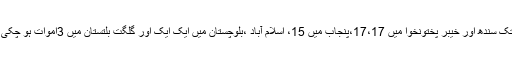
اب تک سندھ اور خیبر پختونخوا میں 17،17،پنجاب میں 15، اسلام آباد ،بلوچستان میں ایک ایک اور گلگت بلتستان میں 3اموات ہو چکی ہیں۔